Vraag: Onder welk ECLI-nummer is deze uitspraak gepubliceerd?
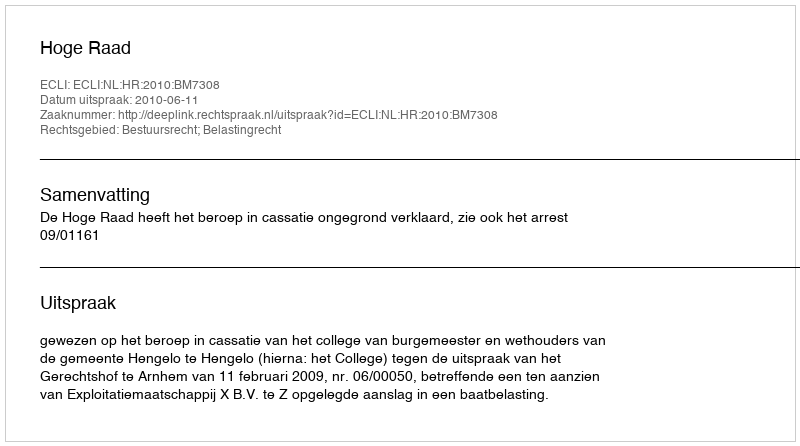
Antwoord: ECLI:NL:HR:2010:BM7308